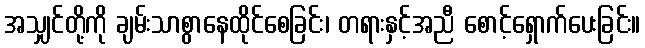
အသျှင်တို့ကို ချမ်းသာစွာနေထိုင်စေခြင်း၊ တရားနှင့်အညီ စောင့်ရှောက်ပေးခြင်း။